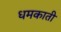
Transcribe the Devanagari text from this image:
धमकाती